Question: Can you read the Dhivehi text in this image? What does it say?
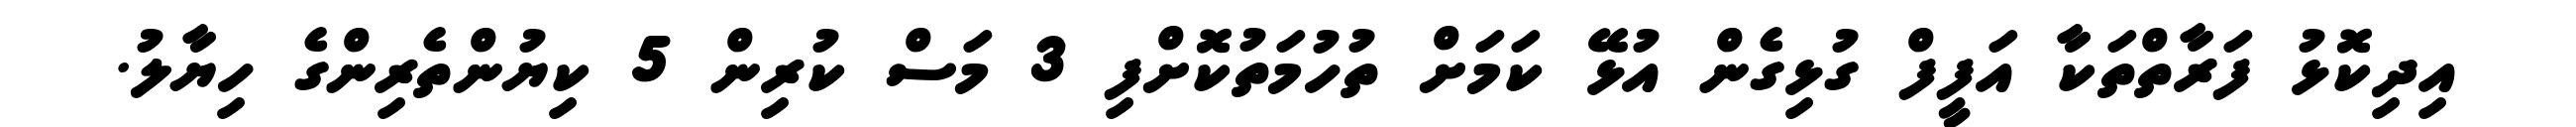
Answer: އިދިކޮޅު ފަރާތްތަކާ އަފީފް ގުޅިގެން އުޅޭ ކަމަށް ތުހުމަތުކޮށްފި 3 މަސް ކުރިން 5 ކިޔުންތެރިންގެ ހިޔާލު.